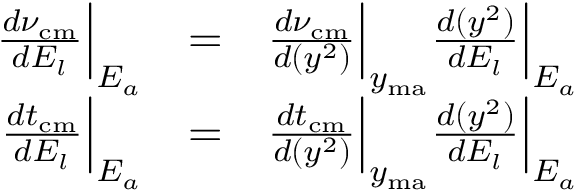
\begin{array} { r l r } { \frac { d \nu _ { \mathrm { c m } } } { d E _ { l } } \Big | _ { E _ { a } } } & { = } & { \frac { d \nu _ { \mathrm { c m } } } { d ( y ^ { 2 } ) } \Big | _ { y _ { \mathrm { m a } } } \frac { d ( y ^ { 2 } ) } { d E _ { l } } \Big | _ { E _ { a } } } \\ { \frac { d t _ { \mathrm { c m } } } { d E _ { l } } \Big | _ { E _ { a } } } & { = } & { \frac { d t _ { \mathrm { c m } } } { d ( y ^ { 2 } ) } \Big | _ { y _ { \mathrm { m a } } } \frac { d ( y ^ { 2 } ) } { d E _ { l } } \Big | _ { E _ { a } } } \end{array}